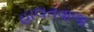
હાલતવાળા